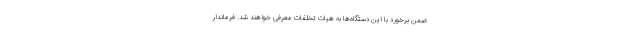
ضمن برخورد با این دستگاه‌ها به هیات تخلفات معرفی خواهند شد. فرماندار